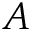
A